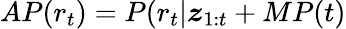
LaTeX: AP(r_{t})=P(r_{t}|\boldsymbol{z}_{1:t}+MP(t)